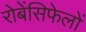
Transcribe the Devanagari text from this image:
रोबेंसिफेलों